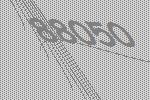
88050